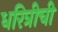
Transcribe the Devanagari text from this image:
धरित्रीची